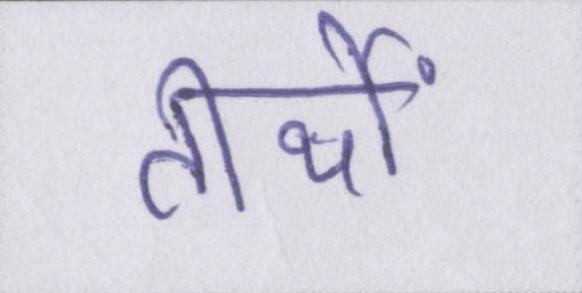
तीर्थों